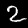
Label: 2